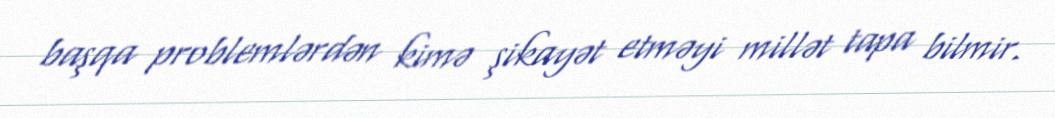
başqa problemlərdən kimə şikayət etməyi millət tapa bilmir.